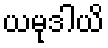
ယမုဒါယိ